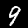
Label: 9